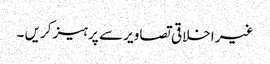
غیر اخلاقی تصاویر سے پرہیز کریں ۔